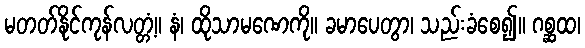
မတတ်နိုင်ကုန်လတ္တံ့။ နံ၊ ထိုသာမဏေကို။ ခမာပေတွာ၊ သည်းခံစေ၍။ ဂစ္ဆထ၊